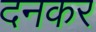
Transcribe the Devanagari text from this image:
दनकर